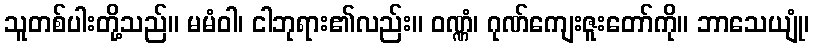
သူတစ်ပါးတို့သည်။ မမံဝါ၊ ငါဘုရား၏လည်း။ ဝဏ္ဏံ၊ ဂုဏ်ကျေးဇူးတော်ကို။ ဘာသေယျုံ၊